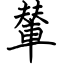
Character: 輦